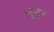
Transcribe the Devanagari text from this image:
नटत